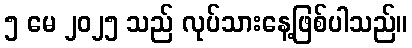
၅ မေ ၂၀၂၅ သည် လုပ်သားနေ့ဖြစ်ပါသည်။